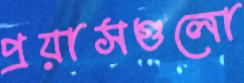
প্রয়াসগুলো